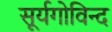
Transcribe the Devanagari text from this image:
सूर्यगोविन्द